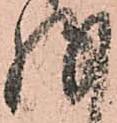
存